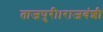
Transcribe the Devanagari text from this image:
ताजपुरी।राजवंशी